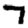
Digit: 7